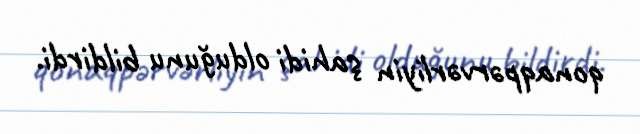
qonaqpərvərliyin şahidi olduğunu bildirdi.